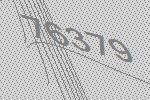
76379